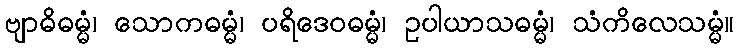
ဗျာဓိဓမ္မံ၊ သောကဓမ္မံ၊ ပရိဒေဝဓမ္မံ၊ ဥပါယာသဓမ္မံ၊ သံကိလေသမ္မံ။